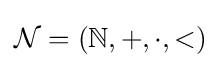
{\mathcal {N}}=(\mathbb {N} ,+,\cdot ,<)